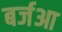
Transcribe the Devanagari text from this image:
बर्जआ